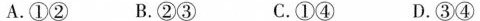
A.①② B.②③ C.①④ D.③④